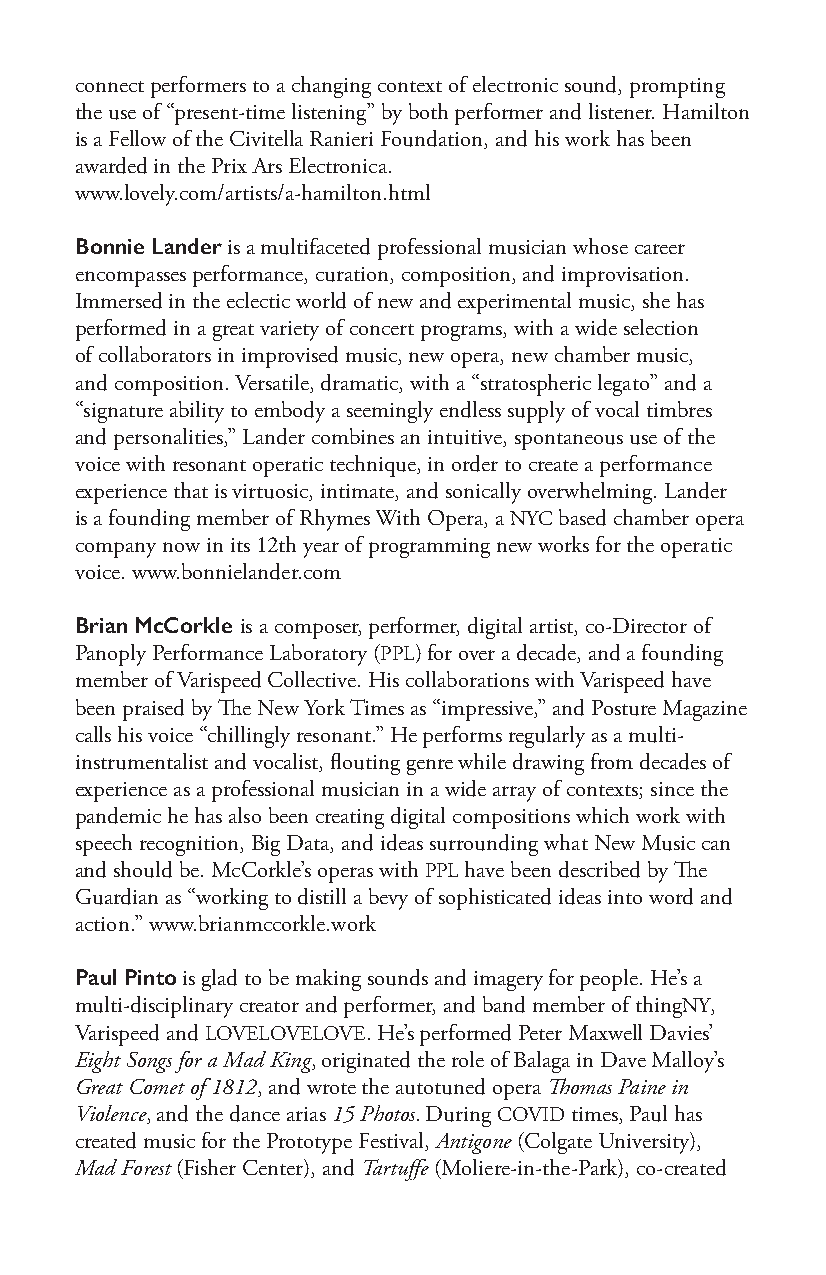
connect performers to a changing context of electronic sound, prompting
 the use of “present-time listening” by both performer and listener. Hamilton
 is a Fellow of the Civitella Ranieri Foundation, and his work has been
 awarded in the Prix Ars Electronica.
 www.lovely.com/artists/a-hamilton.html
 Bonnie Lander is a multifaceted professional musician whose career
 encompasses performance, curation, composition, and improvisation.
 Immersed in the eclectic world of new and experimental music, she has
 performed in a great variety of concert programs, with a wide selection
 of collaborators in improvised music, new opera, new chamber music,
 and composition. Versatile, dramatic, with a “stratospheric legato” and a
 “signature ability to embody a seemingly endless supply of vocal timbres
 and personalities,” Lander combines an intuitive, spontaneous use of the
 voice with resonant operatic technique, in order to create a performance
 experience that is virtuosic, intimate, and sonically overwhelming. Lander
 is a founding member of Rhymes With Opera, a NYC based chamber opera
 company now in its 12th year of programming new works for the operatic
 voice. www.bonnielander.com
 Brian McCorkle is a composer, performer, digital artist, co-Director of
 Panoply Performance Laboratory (PPL) for over a decade, and a founding
 member of Varispeed Collective. His collaborations with Varispeed have
 been praised by The New York Times as “impressive,” and Posture Magazine
 calls his voice “chillingly resonant.” He performs regularly as a multi-
 instrumentalist and vocalist, flouting genre while drawing from decades of
 experience as a professional musician in a wide array of contexts; since the
 pandemic he has also been creating digital compositions which work with
 speech recognition, Big Data, and ideas surrounding what New Music can
 and should be. McCorkle’s operas with PPL have been described by The
 Guardian as “working to distill a bevy of sophisticated ideas into word and
 action.” www.brianmccorkle.work
 Paul Pinto is glad to be making sounds and imagery for people. He’s a
 multi-disciplinary creator and performer, and band member of thingNY,
 Varispeed and LOVELOVELOVE. He’s performed Peter Maxwell Davies’
 Eight Songs for a Mad King, originated the role of Balaga in Dave Malloy’s
 Great Comet of 1812, and wrote the autotuned opera Thomas Paine in
 Violence, and the dance arias 15 Photos. During COVID times, Paul has
 created music for the Prototype Festival, Antigone (Colgate University),
 Mad Forest (Fisher Center), and Tartuffe (Moliere-in-the-Park), co-created